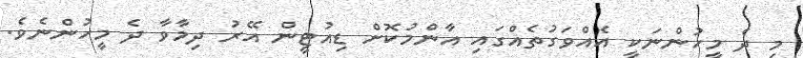
މި ދެ މީހުންނަކީ އެއްވަގުތެއްގައި އާންމުކޮށް ޑިއުޓީން އޭރު ދިމާވާ ދެ މީހުންނެވެ.